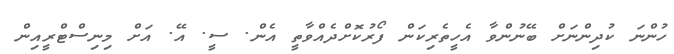
ހުންނަ ކުދިންނަށް ބޭނުންވާ އެހީތެރިކަން ފޯރުކޮށްދެއްވާތީ އެން. ސީ. އޭ. އަށް މިނިސްޓްރީއިން